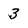
Character: 3